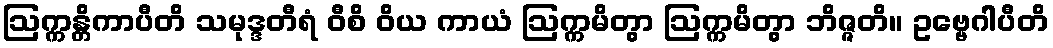
ဩက္ကန္တိကာပီတိ သမုဒ္ဒတီရံ ဝီစိ ဝိယ ကာယံ ဩက္ကမိတွာ ဩက္ကမိတွာ ဘိဇ္ဇတိ။ ဥဗ္ဗေဂါပီတိ